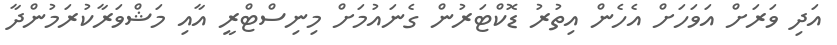
އަދި ވަރަށް އަަވަހަށް އެހެން އިތުރު ޑޮކްޓަރުން ގެނައުމަށް މިނިސްޓްރީ އާއި މަޝްވަރާކުރަމުންދާ